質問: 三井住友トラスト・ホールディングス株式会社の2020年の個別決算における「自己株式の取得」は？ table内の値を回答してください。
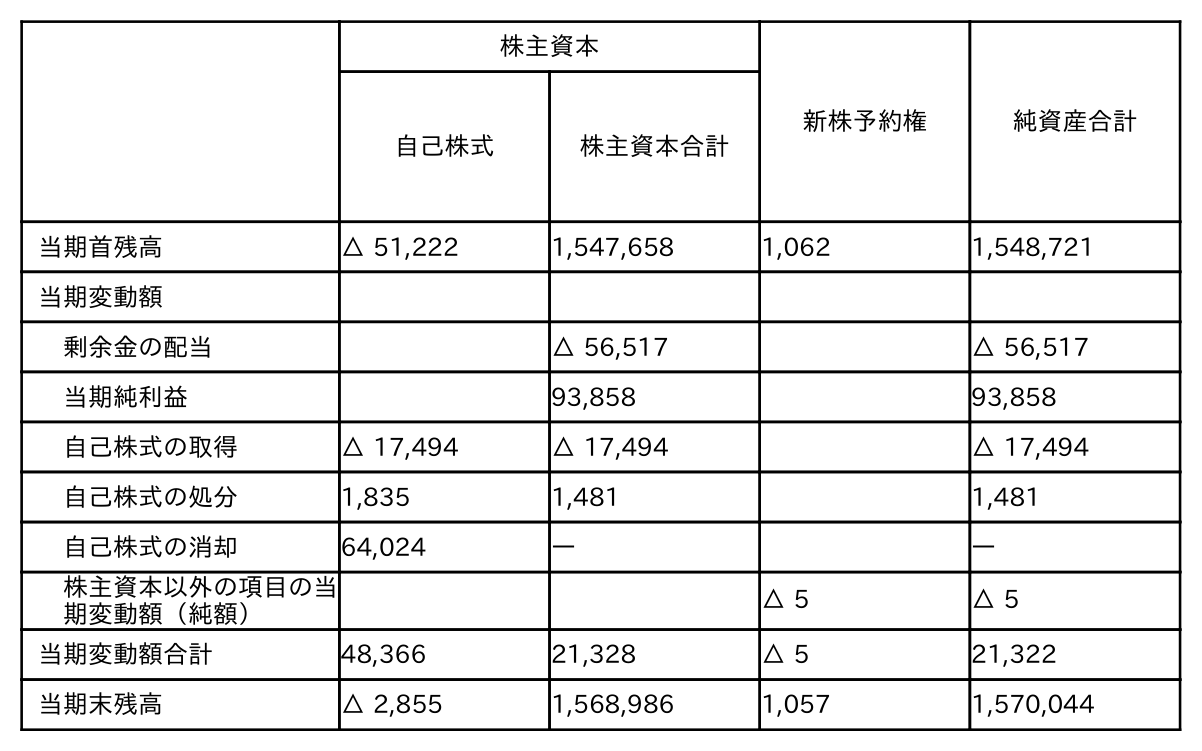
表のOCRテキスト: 株主資本 新株予約権 純資産合計 自己株式 株主資本合計 当期首残高 △ 51,222 1,547,658 1,062 1,548,721 当期変動額 剰余金の配当 △ 56,517 △ 56,517 当期純利益 93,858 93,858 自己株式の取得 △ 17,494 △ 17,494 △ 17,494 自己株式の処分 1,835 1,481 1,481 自己株式の消却 64,024 ― ― 株主資本以外の項目の当 期変動額（純額） △ 5 △ 5 当期変動額合計 48,366 21,328 △ 5 21,322 当期末残高 △ 2,855 1,568,986 1,057 1,570,044
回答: △17,494